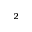
_ 2